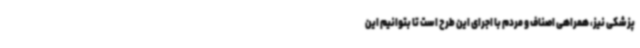
پزشکی نیز، همراهی اصناف و مردم با اجرای این طرح است تا بتوانیم این